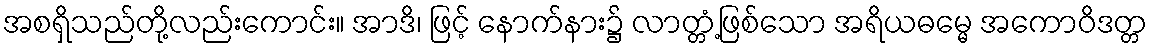
အစရှိသည်တို့လည်းကောင်း။ အာဒိ၊ ဖြင့် နောက်နား၌ လာတ္တံ့ဖြစ်သော အရိယဓမ္မေ အကောဝိဒတ္တ